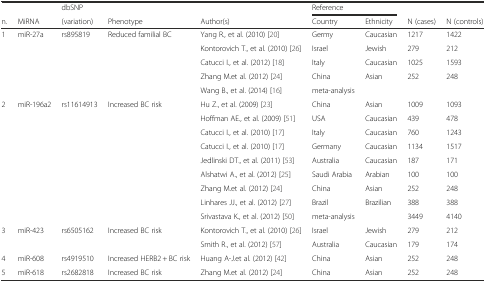
<table><thead><tr><td></td><td></td><td><b>dbSNP</b></td><td></td><td></td><td colspan="2"><b>Reference</b></td><td></td><td></td></tr><tr><td><b>n.</b></td><td><b>MiRNA</b></td><td><b>(variation)</b></td><td><b>Phenotype</b></td><td><b>Author(s)</b></td><td><b>Country</b></td><td><b>Ethnicity</b></td><td><b>N (cases)</b></td><td><b>N (controls)</b></td></tr></thead><tbody><tr><td>1</td><td>miR-27a</td><td>rs895819</td><td>Reduced familial BC</td><td>Yang R., et al. (2010) [20]</td><td>Germy</td><td>Caucasian</td><td>1217</td><td>1422</td></tr><tr><td></td><td></td><td></td><td></td><td>Kontorovich T., et al. (2010) [26]</td><td>Israel</td><td>Jewish</td><td>279</td><td>212</td></tr><tr><td></td><td></td><td></td><td></td><td>Catucci I., et al. (2012) [18]</td><td>Italy</td><td>Caucasian</td><td>1025</td><td>1593</td></tr><tr><td></td><td></td><td></td><td></td><td>Zhang M.et al. (2012) [24]</td><td>China</td><td>Asian</td><td>252</td><td>248</td></tr><tr><td></td><td></td><td></td><td></td><td>Wang B., et al. (2014) [16]</td><td>meta-analysis</td><td></td><td></td><td></td></tr><tr><td>2</td><td>miR-196a2</td><td>rs11614913</td><td>Increased BC risk</td><td>Hu Z., et al. (2009) [23]</td><td>China</td><td>Asian</td><td>1009</td><td>1093</td></tr><tr><td></td><td></td><td></td><td></td><td>Hoffman AE., et al. (2009) [51]</td><td>USA</td><td>Caucasian</td><td>439</td><td>478</td></tr><tr><td></td><td></td><td></td><td></td><td>Catucci I., et al. (2010) [17]</td><td>Italy</td><td>Caucasian</td><td>760</td><td>1243</td></tr><tr><td></td><td></td><td></td><td></td><td>Catucci I., et al. (2010) [17]</td><td>Germany</td><td>Caucasian</td><td>1134</td><td>1517</td></tr><tr><td></td><td></td><td></td><td></td><td>Jedlinski DT., et al. (2011) [53]</td><td>Australia</td><td>Caucasian</td><td>187</td><td>171</td></tr><tr><td></td><td></td><td></td><td></td><td>Alshatwi A., et al. (2012) [25]</td><td>Saudi Arabia</td><td>Arabian</td><td>100</td><td>100</td></tr><tr><td></td><td></td><td></td><td></td><td>Zhang M.et al. (2012) [24]</td><td>China</td><td>Asian</td><td>252</td><td>248</td></tr><tr><td></td><td></td><td></td><td></td><td>Linhares JJ., et al. (2012) [27]</td><td>Brazil</td><td>Brazilian</td><td>388</td><td>388</td></tr><tr><td></td><td></td><td></td><td></td><td>Srivastava K., et al. (2012) [50]</td><td>meta-analysis</td><td></td><td>3449</td><td>4140</td></tr><tr><td>3</td><td>miR-423</td><td>rs6505162</td><td>Increased BC risk</td><td>Kontorovich T., et al. (2010) [26]</td><td>Israel</td><td>Jewish</td><td>279</td><td>212</td></tr><tr><td></td><td></td><td></td><td></td><td>Smith R., et al. (2012) [57]</td><td>Australia</td><td>Caucasian</td><td>179</td><td>174</td></tr><tr><td>4</td><td>miR-608</td><td>rs4919510</td><td>Increased HERB2 + BC risk</td><td>Huang A-J.et al. (2012) [42]</td><td>China</td><td>Asian</td><td>252</td><td>248</td></tr><tr><td>5</td><td>miR-618</td><td>rs2682818</td><td>Increased BC risk</td><td>Zhang M.et al. (2012) [24]</td><td>China</td><td>Asian</td><td>252</td><td>248</td></tr></tbody></table>